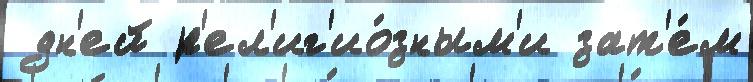
 дн'ей р'ел'иг'ио́зным'и зат'е́м